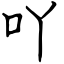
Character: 吖